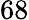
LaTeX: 68